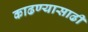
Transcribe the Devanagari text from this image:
काढण्यासाढी